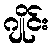
ဂျိုင်း